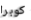
كوبرا